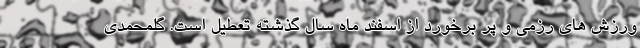
ورزش های رزمی و پر برخورد از اسفند ماه سال گذشته تعطیل است. گلمحمدی